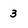
Character: 3